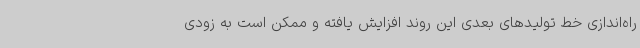
راه‌اندازی خط تولیدهای بعدی این روند افزایش یافته و ممکن است به زودی